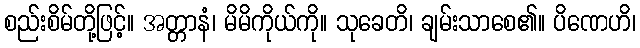
စည်းစိမ်တို့ဖြင့်။ အတ္တာနံ၊ မိမိကိုယ်ကို။ သုခေတိ၊ ချမ်းသာစေ၏။ ပိဏေဟိ၊